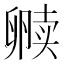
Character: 𫧿